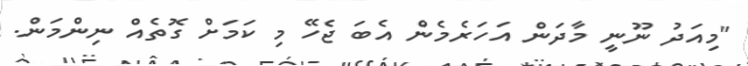
"މިއަދު ނޫނީ މާދަން އަހަރެމެން އެބަ ޖެހޭ މި ކަމަށް ގޮތެއް ނިންމަން.